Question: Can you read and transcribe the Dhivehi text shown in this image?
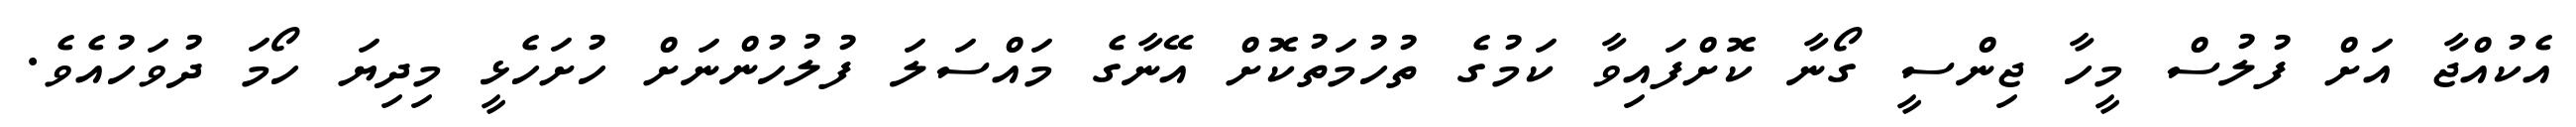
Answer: އެކުއްޖާ އަށް ފުލުސް މީހާ ޖިންސީ ގޯނާ ކޮށްފައިވާ ކަމުގެ ތުހުމަތުކޮށް އޭނާގެ މައްސަލަ ފުލުހުންނަށް ހުށަހެޅީ މިދިޔަ ހޯމަ ދުވަހުއެވެ.